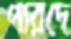
পারদে